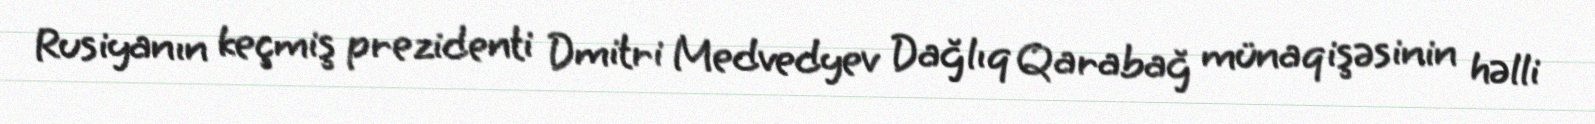
Rusiyanın keçmiş prezidenti Dmitri Medvedyev Dağlıq Qarabağ münaqişəsinin həlli